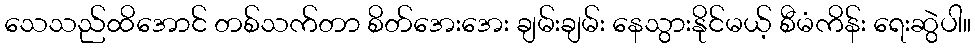
သေသည်ထိအောင် တစ်သက်တာ စိတ်အေးအေး ချမ်းချမ်း နေသွားနိုင်မယ့် စီမံကိန်း ရေးဆွဲပါ။